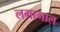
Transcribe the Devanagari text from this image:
लगागाल